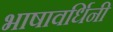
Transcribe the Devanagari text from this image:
भाषावर्धिनी